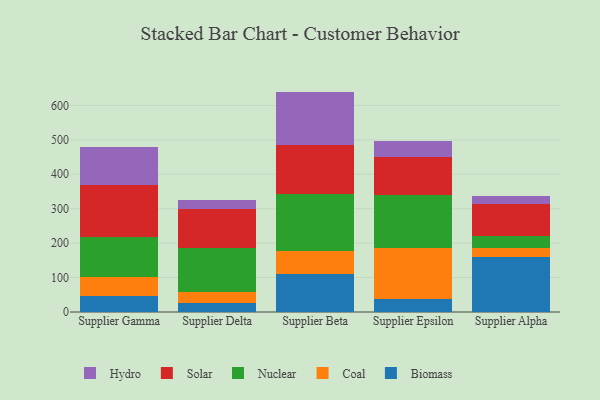
{"axis": {"x": "Supplier", "y": "Market Share (%)"}, "legend": ["Biomass", "Coal", "Hydro", "Nuclear", "Solar"], "data": [{"x": "Supplier Gamma", "y": 46.8, "type": "Biomass"}, {"x": "Supplier Gamma", "y": 55.8, "type": "Coal"}, {"x": "Supplier Gamma", "y": 114.6, "type": "Nuclear"}, {"x": "Supplier Gamma", "y": 152.2, "type": "Solar"}, {"x": "Supplier Gamma", "y": 109.0, "type": "Hydro"}, {"x": "Supplier Delta", "y": 27.2, "type": "Biomass"}, {"x": "Supplier Delta", "y": 31.6, "type": "Coal"}, {"x": "Supplier Delta", "y": 128.1, "type": "Nuclear"}, {"x": "Supplier Delta", "y": 112.5, "type": "Solar"}, {"x": "Supplier Delta", "y": 26.0, "type": "Hydro"}, {"x": "Supplier Beta", "y": 111.8, "type": "Biomass"}, {"x": "Supplier Beta", "y": 66.0, "type": "Coal"}, {"x": "Supplier Beta", "y": 166.4, "type": "Nuclear"}, {"x": "Supplier Beta", "y": 141.7, "type": "Solar"}, {"x": "Supplier Beta", "y": 154.3, "type": "Hydro"}, {"x": "Supplier Epsilon", "y": 36.7, "type": "Biomass"}, {"x": "Supplier Epsilon", "y": 148.5, "type": "Coal"}, {"x": "Supplier Epsilon", "y": 154.4, "type": "Nuclear"}, {"x": "Supplier Epsilon", "y": 110.5, "type": "Solar"}, {"x": "Supplier Epsilon", "y": 45.5, "type": "Hydro"}, {"x": "Supplier Alpha", "y": 160.8, "type": "Biomass"}, {"x": "Supplier Alpha", "y": 25.6, "type": "Coal"}, {"x": "Supplier Alpha", "y": 34.3, "type": "Nuclear"}, {"x": "Supplier Alpha", "y": 93.0, "type": "Solar"}, {"x": "Supplier Alpha", "y": 22.5, "type": "Hydro"}]}